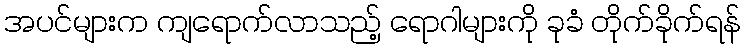
အပင်များက ကျရောက်လာသည့် ရောဂါများကို ခုခံ တိုက်ခိုက်ရန်